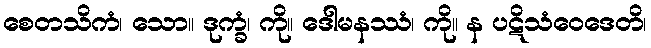
စေတသိကံ၊ သော။ ဒုက္ခံ၊ ကို။ ဒေါမနဿံ၊ ကို။ န ပဋိသံဝေဒေတိ၊